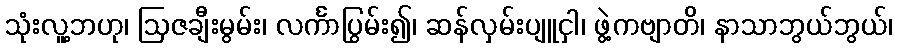
သုံးလူ့ဘဟု၊ ဩဇချီးမွမ်း၊ လင်္ကာပြွမ်း၍၊ ဆန်လှမ်းပျူငှါ၊ ဖွဲ့ကဗျာတိ၊ နာသာဘွယ်ဘွယ်၊